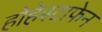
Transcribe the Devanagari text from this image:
होहेस्टाफेन